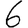
Digit: 6